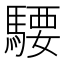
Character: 騕